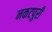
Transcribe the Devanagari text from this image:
नकटपुरी